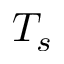
T _ { s }